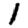
Digit: 1